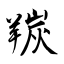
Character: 羰